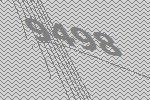
9498